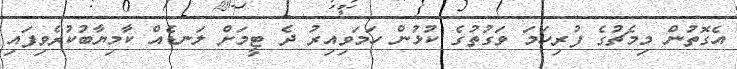
އެގޮތުން މިމެޗުގެ ފުރިހަމަ ވަގުތުގެ ކުޅުން ހަމަވިިއިރު ދެ ޓީމަށް ލަނޑެއް ކާމިޔާބުކުރެވިފައި